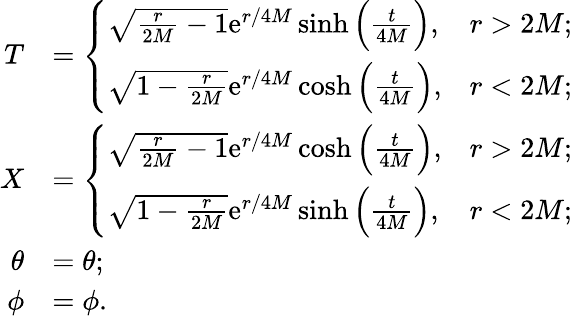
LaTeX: \begin{array}{rl}{T}&{=\left\{ \begin{array}{ll}{\sqrt{\frac{r}{2M}-1}\mathrm{e}^{r/4M}\sinh\Big(\frac{t}{4M}\Big),}&{r>2M;}\\ {\sqrt{1-\frac{r}{2M}}\mathrm{e}^{r/4M}\cosh\Big(\frac{t}{4M}\Big),}&{r<2M;}\end{array}\right.}\\ {X}&{=\left\{ \begin{array}{ll}{\sqrt{\frac{r}{2M}-1}\mathrm{e}^{r/4M}\cosh\Big(\frac{t}{4M}\Big),}&{r>2M;}\\ {\sqrt{1-\frac{r}{2M}}\mathrm{e}^{r/4M}\sinh\Big(\frac{t}{4M}\Big),}&{r<2M;}\end{array}\right.}\\ {\theta}&{=\theta;}\\ {\phi}&{=\phi.}\end{array}